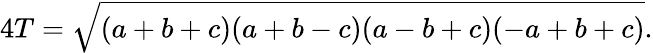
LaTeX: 4T={\sqrt{(a+b+c)(a+b-c)(a-b+c)(-a+b+c)}}.